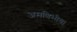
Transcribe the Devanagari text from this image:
अमणिभीय।